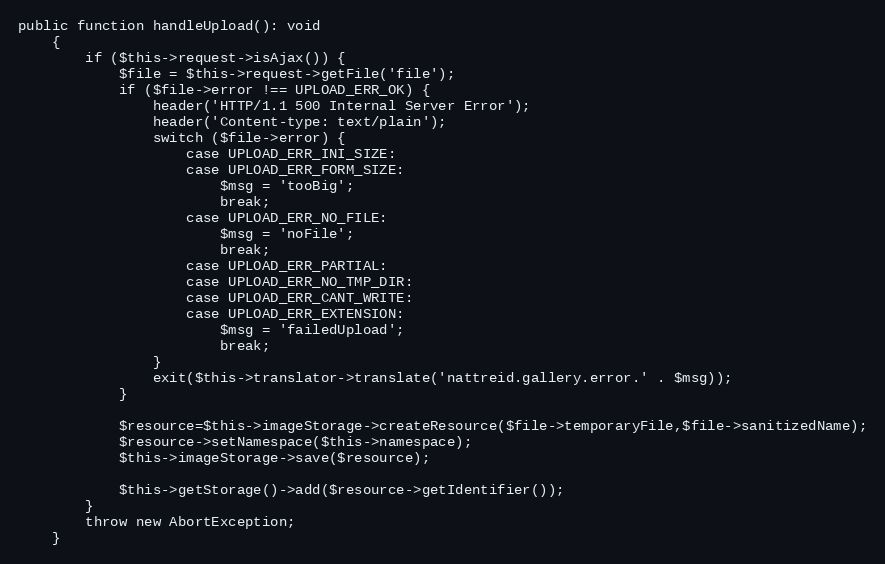
Language: PHP
public function handleUpload(): void
	{
		if ($this->request->isAjax()) {
			$file = $this->request->getFile('file');
			if ($file->error !== UPLOAD_ERR_OK) {
				header('HTTP/1.1 500 Internal Server Error');
				header('Content-type: text/plain');
				switch ($file->error) {
					case UPLOAD_ERR_INI_SIZE:
					case UPLOAD_ERR_FORM_SIZE:
						$msg = 'tooBig';
						break;
					case UPLOAD_ERR_NO_FILE:
						$msg = 'noFile';
						break;
					case UPLOAD_ERR_PARTIAL:
					case UPLOAD_ERR_NO_TMP_DIR:
					case UPLOAD_ERR_CANT_WRITE:
					case UPLOAD_ERR_EXTENSION:
						$msg = 'failedUpload';
						break;
				}
				exit($this->translator->translate('nattreid.gallery.error.' . $msg));
			}

			$resource=$this->imageStorage->createResource($file->temporaryFile,$file->sanitizedName);
			$resource->setNamespace($this->namespace);
			$this->imageStorage->save($resource);

			$this->getStorage()->add($resource->getIdentifier());
		}
		throw new AbortException;
	}